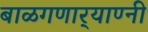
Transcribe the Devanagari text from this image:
बाळगणार्‍याण्नी